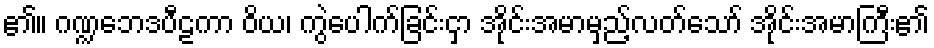
၏။ ဂဏ္ဍဘေဒပီဠကာ ဝိယ၊ ကွဲပေါက်ခြင်းငှာ အိုင်းအမာမှည့်လတ်သော် အိုင်းအမာကြီး၏